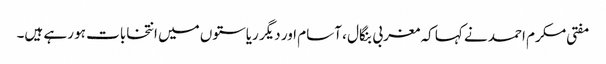
مفتی مکرم احمد نے کہا کہ مغربی بنگال ، آسام اور دیگر ریاستوں میں انتخابات ہو رہے ہیں۔